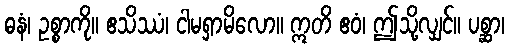
ဓနံ၊ ဥစ္စာကို။ ဧသိဿံ၊ ငါမရှာမိလော။ ဣတိ ဧဝံ၊ ဤသို့လျှင်။ ပစ္ဆာ၊